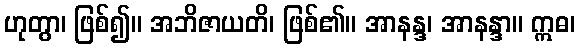
ဟုတွာ၊ ဖြစ်၍။ အဘိဇာယတိ၊ ဖြစ်၏။ အာနန္ဒ၊ အာနန္ဒာ။ ဣဓ၊